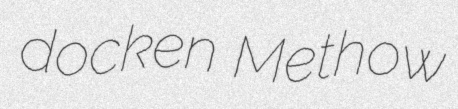
docken Methow